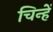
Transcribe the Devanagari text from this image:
चिन्हें